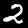
Digit: 2